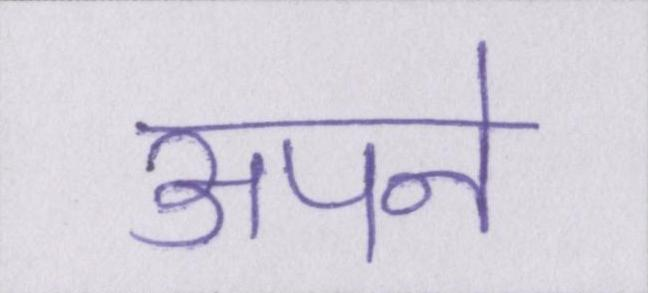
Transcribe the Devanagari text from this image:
अपने